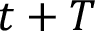
t + T